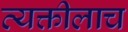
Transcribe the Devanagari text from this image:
व्यक्तीलाच